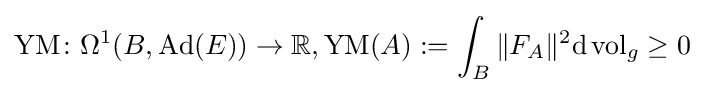
\operatorname {YM} \colon \Omega ^{1}(B,\operatorname {Ad} (E))\rightarrow \mathbb {R} ,\operatorname {YM} (A):=\int _{B}\|F_{A}\|^{2}\mathrm {d} \operatorname {vol} _{g}\geq 0